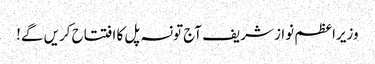
وزیراعظم نواز شریف آج تونسہ پل کا افتتاح کریں گے!